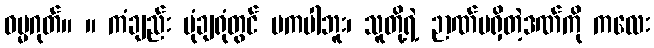
ဓမ္မဂုတ်။ ။ ကံချည်း ပုံချရုံတွင် မကပါဘူး၊ သူတို့ရဲ့ ဉာဏ်မရှိတဲ့ဒဏ်ကို ကလေး